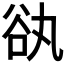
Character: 𧮭